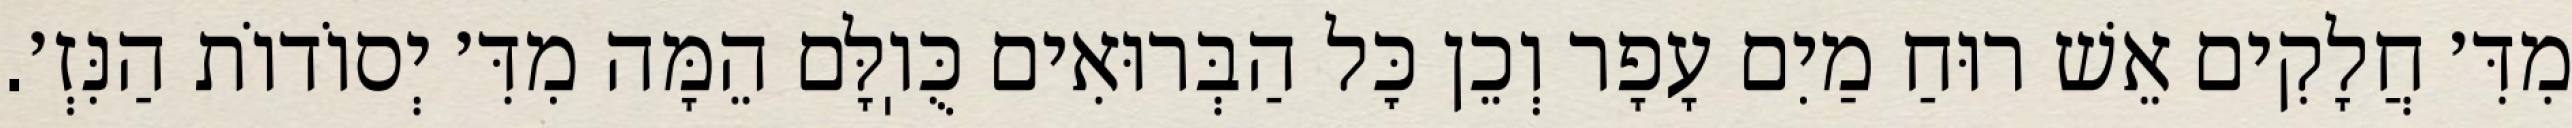
מִדִּ׳ חֲלָקִים אֵשׁ רוּחַ מַיִם עָפָר וְכֵן כׇּל הַבְּרוּאִים כֻּוֽלָּם הֵמָּה מִדִּ׳ יְסוֹדוֹת הַנִּזְ׳.